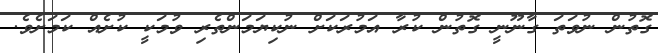
ގޮތުން ނުވަތަ ގާނޫނީ ގޮތުން ކުރާ އަމުރަކަށް ނުކިޔަމަންތެރި ވުމަކީ ކުށެއް ކަމަށެވެ.